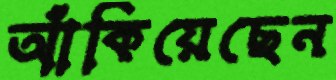
আঁকিয়েছেন